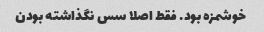
خوشمزه بود. فقط اصلا سس نگذاشته بودن